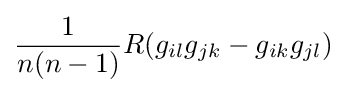
{\frac {1}{n(n-1)}}R(g_{il}g_{jk}-g_{ik}g_{jl})